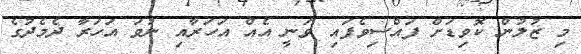
މި ޒުލުން ކޮވިޑަށް ފައްސިވެފައި ވަނީ އެއް އަހަރާއި ނުވަ އަހަރާ ދެމެދުގެ